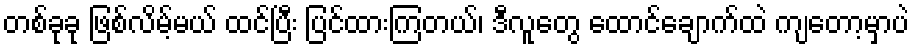
တစ်ခုခု ဖြစ်လိမ့်မယ် ထင်ပြီး ပြင်ထားကြတယ်၊ ဒီလူတွေ ထောင်ချောက်ထဲ ကျတော့မှာပဲ